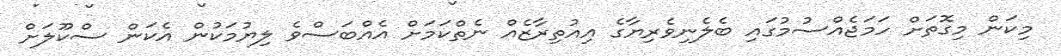
މިކަން މިގޮތަށް ހަމަޖެއްސުމުގައި ބެލެނިވެރިޔާގެ އިއުތިރާޒެއް ނެތްކަމަށް އެއްބަސްވެ ލިޔުމަކުން އެކަން ސްކޫލަށް